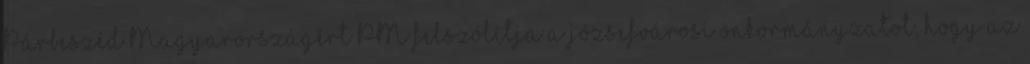
Párbeszéd Magyarországért PM felszólítja a józsefvárosi önkormányzatot, hogy az